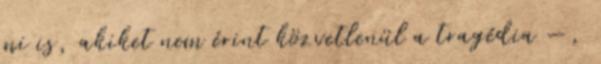
mi is, akiket nem érint közvetlenül a tragédia —,